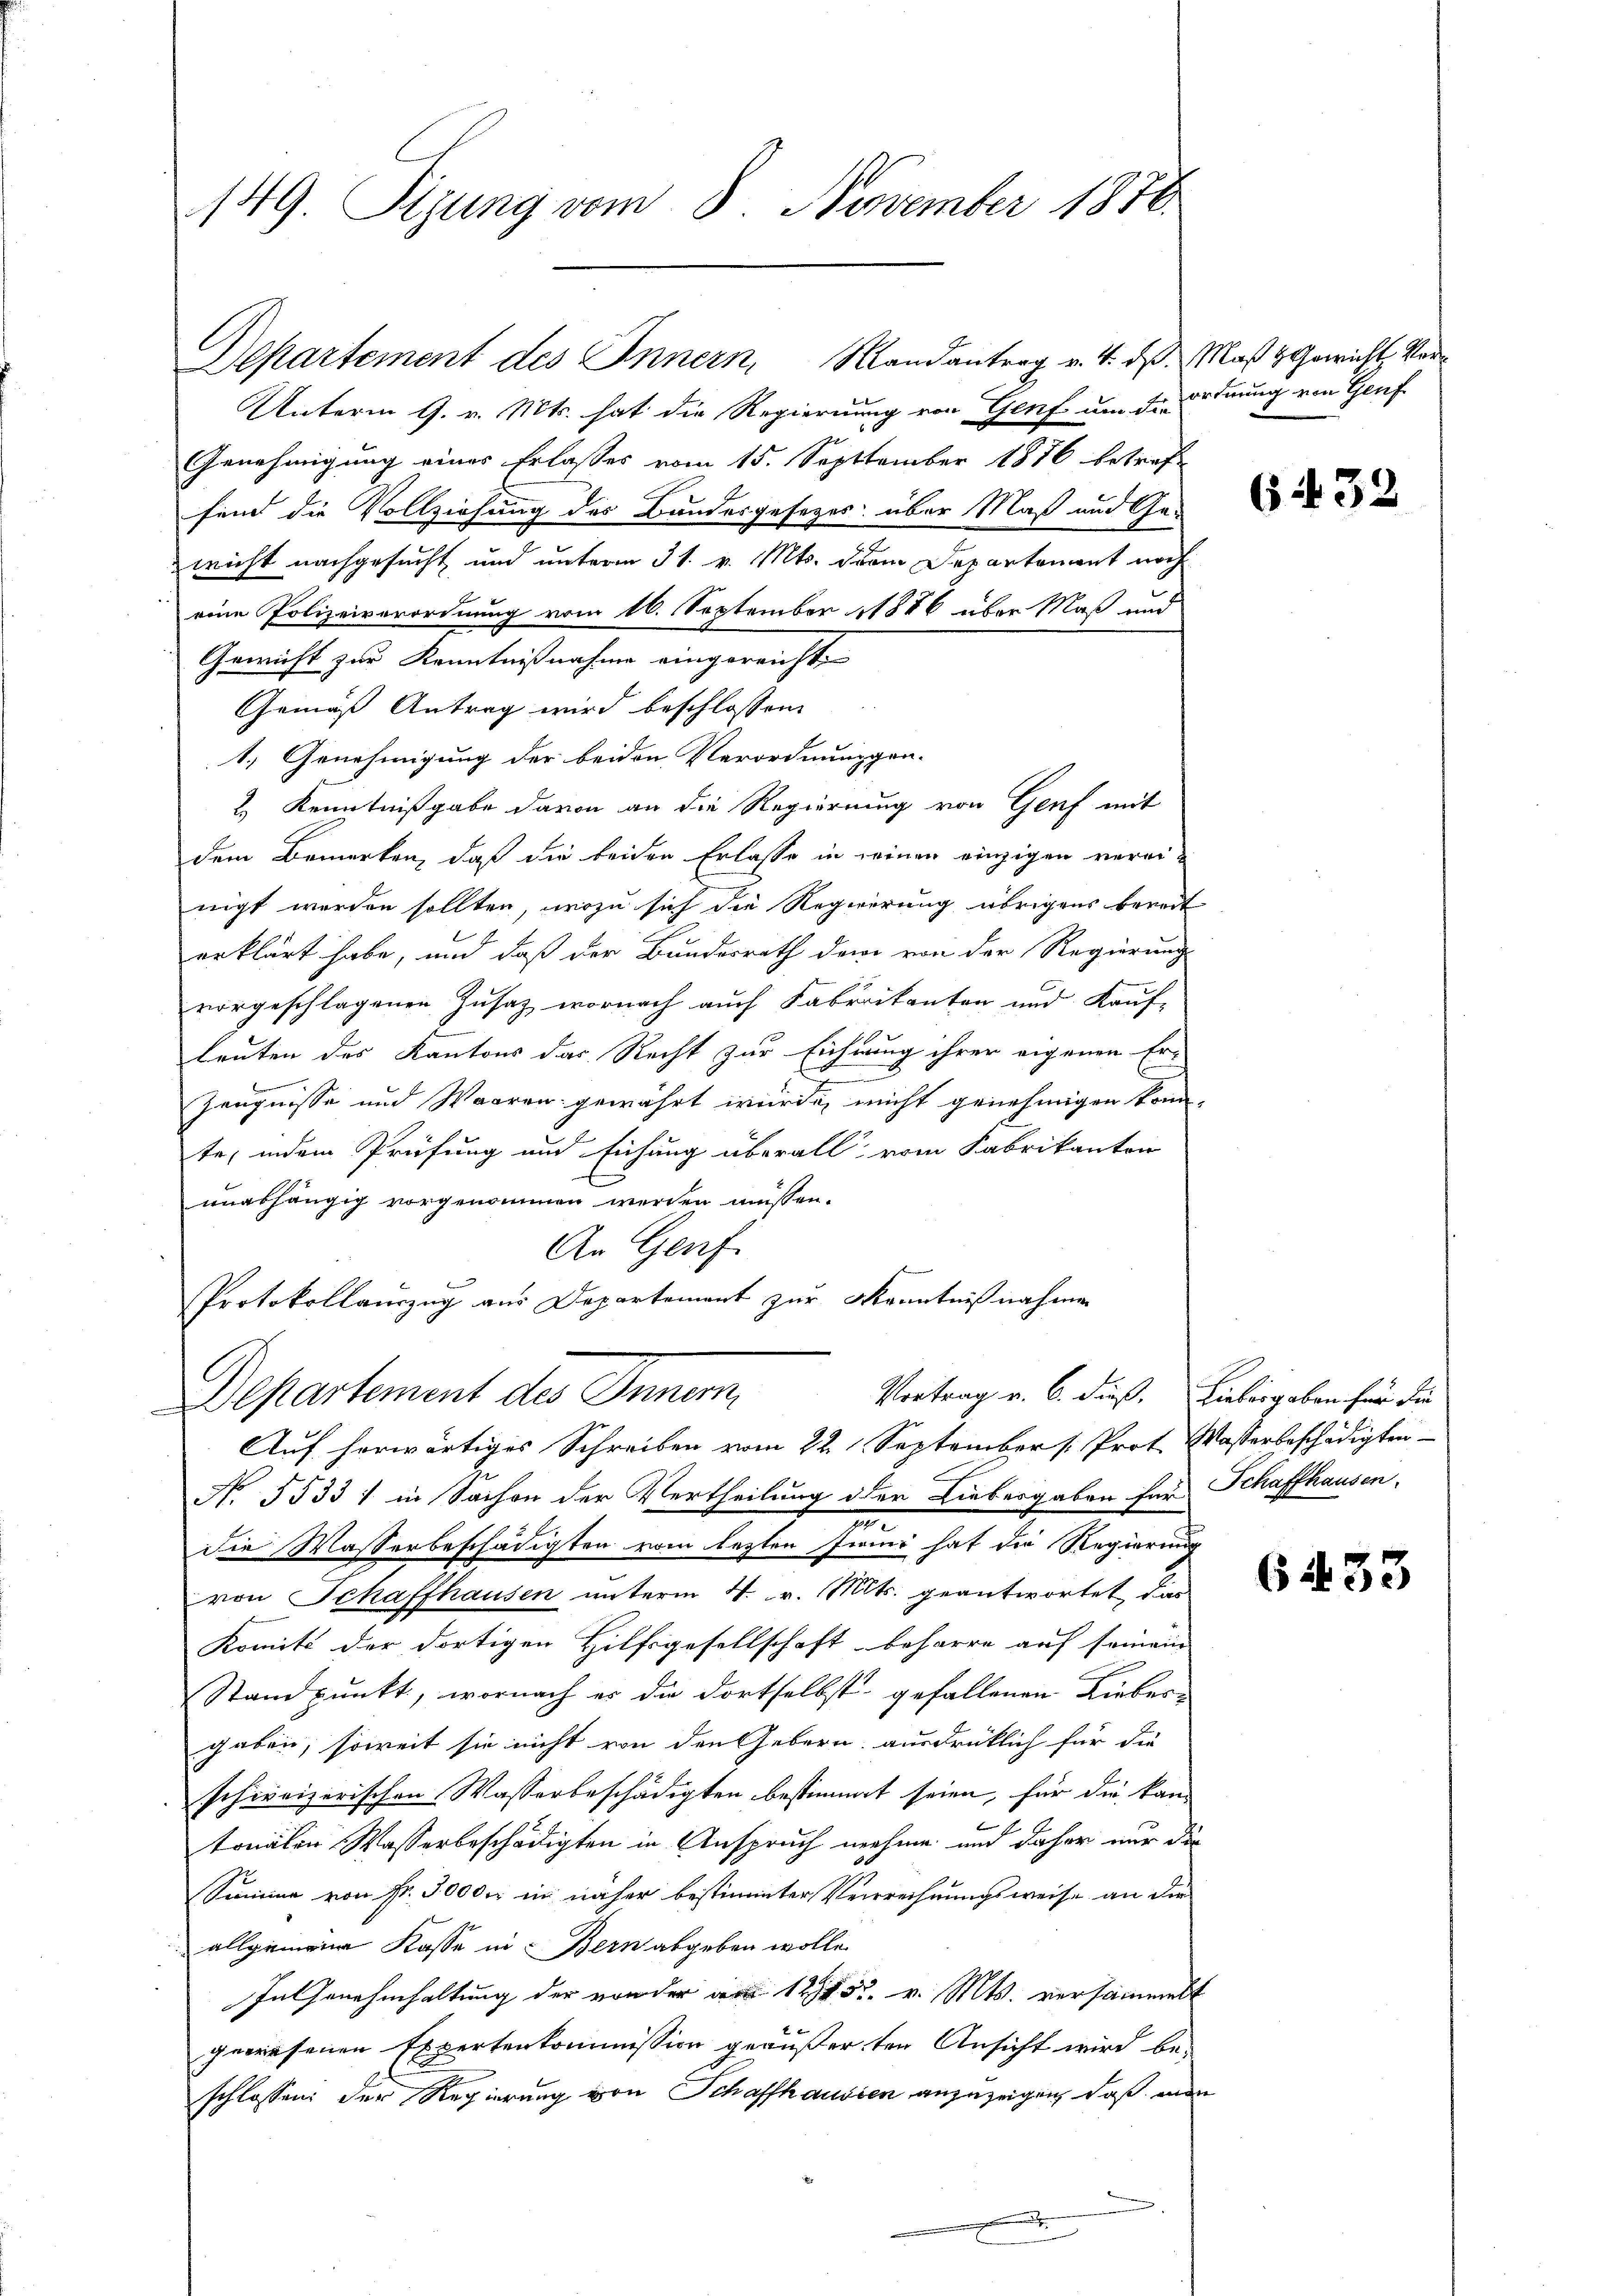
149. Sizung vom 8. November 1870

Departement des Innern, Mandantrag v. 4. ds. Maß & Gewicht, Ver¬
Unterm 9. v. Mts. hat die Regierung von Genf um die Ordnung von Genf
Genehmigung eines Erlasses vom 15. Septtember 1876 betreffind die Vollziehung des Bundesgesetzes über Maß und Gewicht nachgesucht und unterm 31. v. Mts. drei Departement noch
eine Polizeiverordnung vom 16. September 1886 über Maß und
Gewicht zur Kenntnißnahme eingereichte
Gemäß Antrag wird beschlossen
1.) Genehmigung der beiden Verordnunggen-
2.) Kenntnißgabe davon an die Regierung von Genf mit
dem Bemerken, daß die beiden Erlasse in seinen einzigen vereinigt werden sollten, wozu sich die Regierung übrigens bereit
erklärt habe, und daß der Bundesrath dem von der Regierung
vorgeschlagenen Zusatz wornach auch Fabrikanton und Kauf-
leuten des Kantons das Recht zur Eichnung ihrer eigenen Er-
.
vernennen,
Zeugnisse und Waaren gewährt wurde, nicht genehmigen konn-
te, indem Prüfung und Eichung überall vom Fabrikanton
unashängig vorgenommen werden müssen.
An Genf.
Protokollauszug aus Departement zur Kenntnißnahmen
Vortrag v. 6. dieß. Liebesgaben für die
echsenen den
Auf herwärtiges Schreiben vom 22. September (: Prot. Wasserbeschädigten
No. 5533 / in Sachen der Vertheilung der Liebergaben für Schaffhausen.
i
die Wasserbeschädigten vom lezten Juni hat die Regierung
von Schaffhausen unterm 4. v. Mts. geantwortet, das
Komité der dortigen Hilfsgesellschaft beharre auf seinem
Standpunkt, wornach er die dortselbst gefallenen Liebesgaben, soweit sie nicht von den Gebern ausdrücklich für die
schweizerischen Wasserbeschädigten bestimmt seien, für die kan
tonalen Wasserbeschädigten in Anspruch nehme und daher nur die
Summe von Fr. 3000 in näher bestimmter Verrrechnungsweise an die
allgemeine Kasse in Bern abgeben wolle.
In Genehmhaltung der von der am 1252. v. Mts. versammelt
gewesenen Expertenkommission geäußerten Ansicht wird beschlossen: der Regierung von Schaffhausien anzuzeigen, daß man
.

6432

6433